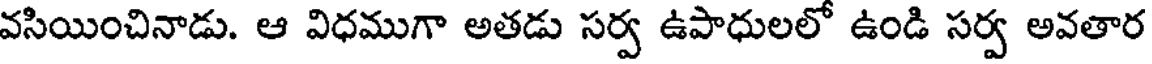
వసియించినాడు. ఆ విధముగా అతడు సర్వ ఉపాధులలో ఉండి సర్వ అవతార